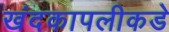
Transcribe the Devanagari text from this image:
खंदकापलीकडे